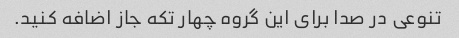
تنوعی در صدا برای این گروه چهار تکه جاز اضافه کنید.